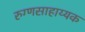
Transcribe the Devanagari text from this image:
रुग्णसाहाय्यक